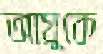
আয়ুকে